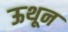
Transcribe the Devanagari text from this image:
ऊथून